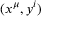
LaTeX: ( x ^ { \mu } , y ^ { i } )